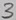
Text: 3